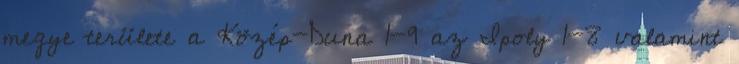
megye területe a Közép-Duna 1-9 az Ipoly 1-8 valamint